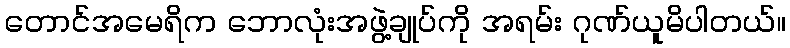
တောင်အမေရိက ဘောလုံးအဖွဲ့ချုပ်ကို အရမ်း ဂုဏ်ယူမိပါတယ်။